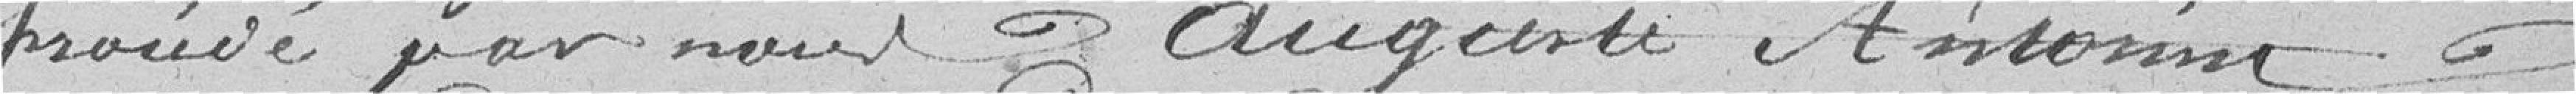
procédé par nous Auguste Antonin